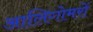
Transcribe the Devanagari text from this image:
आलिगोमरों